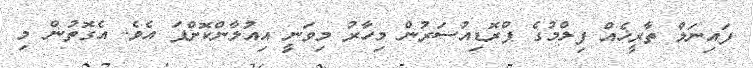
ފައިނަލް ތާރީޚެއް ފިލްމުގެ ޕްރޮޑިއުސަރުން މިހާރު މިވަނީ އިއުލާންކޮށްފަ އެވެ. އެގޮތުން މި